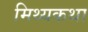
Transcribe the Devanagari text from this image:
मिथ्यकथा